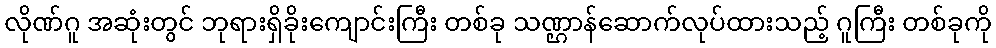
လိုဏ်ဂူ အဆုံးတွင် ဘုရားရှိခိုးကျောင်းကြီး တစ်ခု သဏ္ဌာန်ဆောက်လုပ်ထားသည့် ဂူကြီး တစ်ခုကို